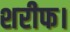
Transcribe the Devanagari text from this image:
शरीफ।